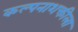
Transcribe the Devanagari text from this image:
कल्पनाशक्तीला